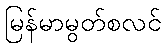
မြန်မာမွတ်စလင်